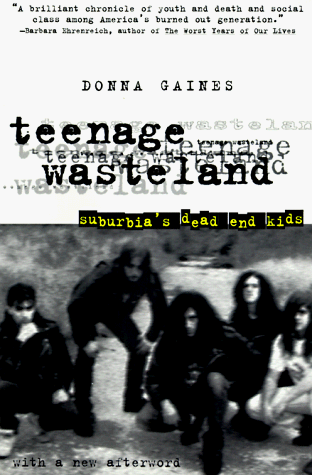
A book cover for Teenage Wasteland: Suburbia's Dead End Kids; Donna Gaines; Self-Help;